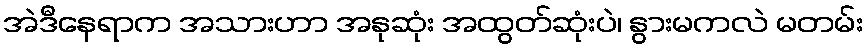
အဲဒီနေရာက အသားဟာ အနုဆုံး အထွတ်ဆုံးပဲ၊ နွားမကလဲ မတမ်း